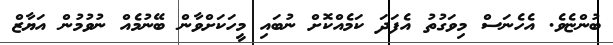
ބުންޏެވެ. އެހެނަސް މިވަގުތު އެފަދަ ކަމެއްކޮށް ނުބައި މީހަކަށްވާން ބޭނުމެއް ނުވުމުން އަޔާޒް